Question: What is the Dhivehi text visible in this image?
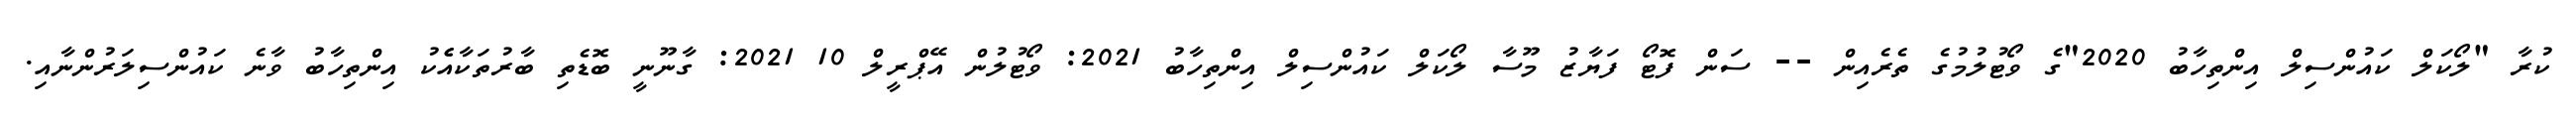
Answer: ކުރާ "ލޯކަލް ކައުންސިލް އިންތިހާބު 2020"ގެ ވޯޓުލުމުގެ ތެރެއިން -- ސަން ފޮޓޯ ފަޔާޒު މޫސާ ލޯކަލް ކައުންސިލް އިންތިހާބު 2021: ވޯޓުލުން އޭޕްރީލް 10 2021: ގާނޫނީ ބޮޑެތި ބާރުތަކާއެެކު އިންތިހާބު ވާނެ ކައުންސިލަރުންނާއި.